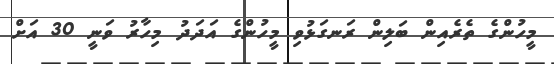
މީހުންގެ ތެރެއިން ބަލިން ރަނގަޅުވި މީހުންގެ އަދަދު މިހާރު ވަނީ 30 އަށް